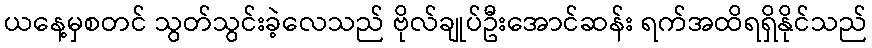
ယနေ့မှစတင် သွတ်သွင်းခဲ့လေသည် ဗိုလ်ချုပ်ဦးအောင်ဆန်း ရက်အထိရရှိနိုင်သည်